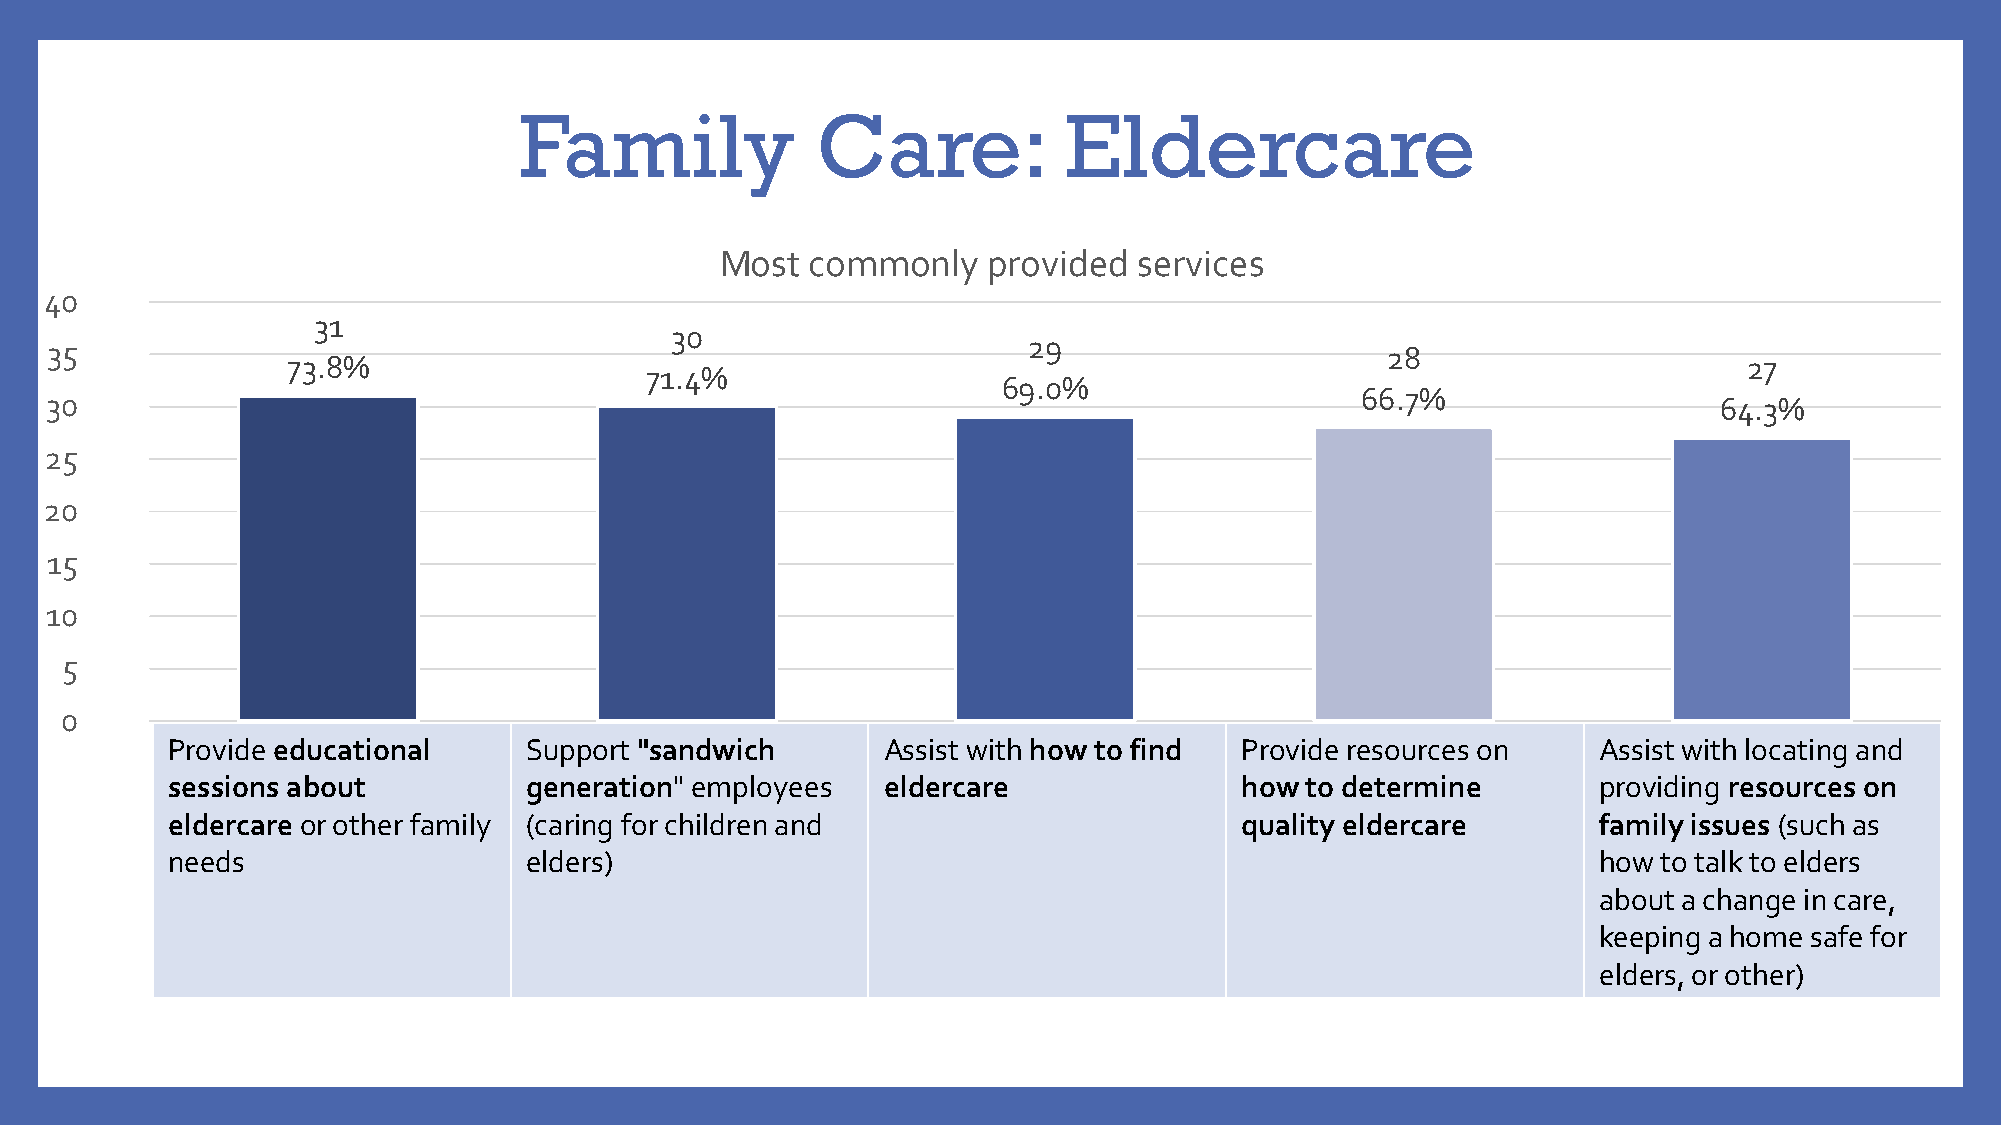
Family              Care:           Eldercare
 Most  commonly   provided  services
 40
 31
 30
 35                                                               29                      28
 73.8%                                                                                            27
 71.4%
 69.0%
 66.7%
 30                                                                                                             64.3%
 25
 20
 15
 10
 5
 0
 Provide educational     Support "sandwich      Assist with how to find Provide resources on    Assist with locating and
 sessions about          generation" employees  eldercare               how to determine        providing resources on
 eldercare or other family (caring for children and                     quality eldercare       family issues (such as
 needs                   elders)                                                                how to talk to elders
 about a change in care,
 keeping a home safe for
 elders, or other)